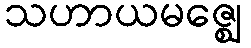
သဟာယမဇ္ဈေ